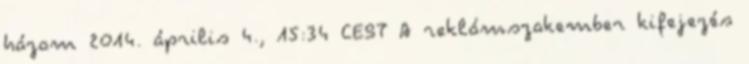
házam 2014. április 4., 15:34 CEST A reklámszakember kifejezés